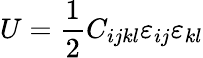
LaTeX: U={\frac{1}{2}}C_{ijkl}\varepsilon_{ij}\varepsilon_{kl}